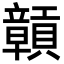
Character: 贑